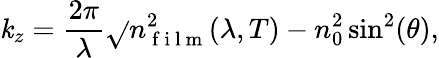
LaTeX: \mathit{k}_{z}=\frac{{2\pi}}{{\lambda}}\sqrt{}{{n_{\mathrm{{~f~i~l~m~}}}^{2}(\lambda,T)-n_{0}^{2}\sin^{2}(\theta)}},